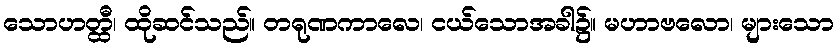
သောဟတ္ထီ၊ ထိုဆင်သည်။ တရုဏကာလေ၊ ငယ်သောအခါ၌။ မဟာဗလော၊ များသော